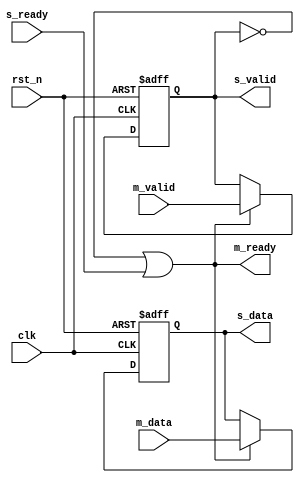
//----------------------------------------------------------------------------------------
// File name:           handshake_top
// Last modified Date:  2021/12/11 12:29
// Last Version:        V1.0
// Descriptions:        
//                      
//----------------------------------------------------------------------------------------
// Created date:        2021/12/11 12:29
// Version:             V1.0
// Descriptions:        The original version
//
//----------------------------------------------------------------------------------------
module Forward_Registered #( parameter WIDTH = 8)(
	input clk,
	input rst_n,
	input m_valid,
	input [WIDTH-1:0] m_data,
	output m_ready,
	output reg s_valid,
	output reg [WIDTH-1:0] s_data,
	input s_ready
	);
		
	always @(posedge clk or negedge rst_n) begin
		if (!rst_n) begin
			s_valid <= 1'b0;
		end
		else if(m_ready) begin
			s_valid <= m_valid;
		end
		else begin
			s_valid <= s_valid;
		end
	end

	always @(posedge clk or negedge rst_n) begin
		if (!rst_n) begin
			s_data <= {WIDTH{1'b0}};
		end
		else if(m_ready) begin
			s_data <= m_data;
		end
		else begin
			s_data <= s_data;
		end
	end
	
	assign m_ready = ~s_valid | s_ready;//either the downstream ready is high (the data in these registers is being accepted downstream) OR downstream valid is low (the registers currently have no valid data).
endmodule